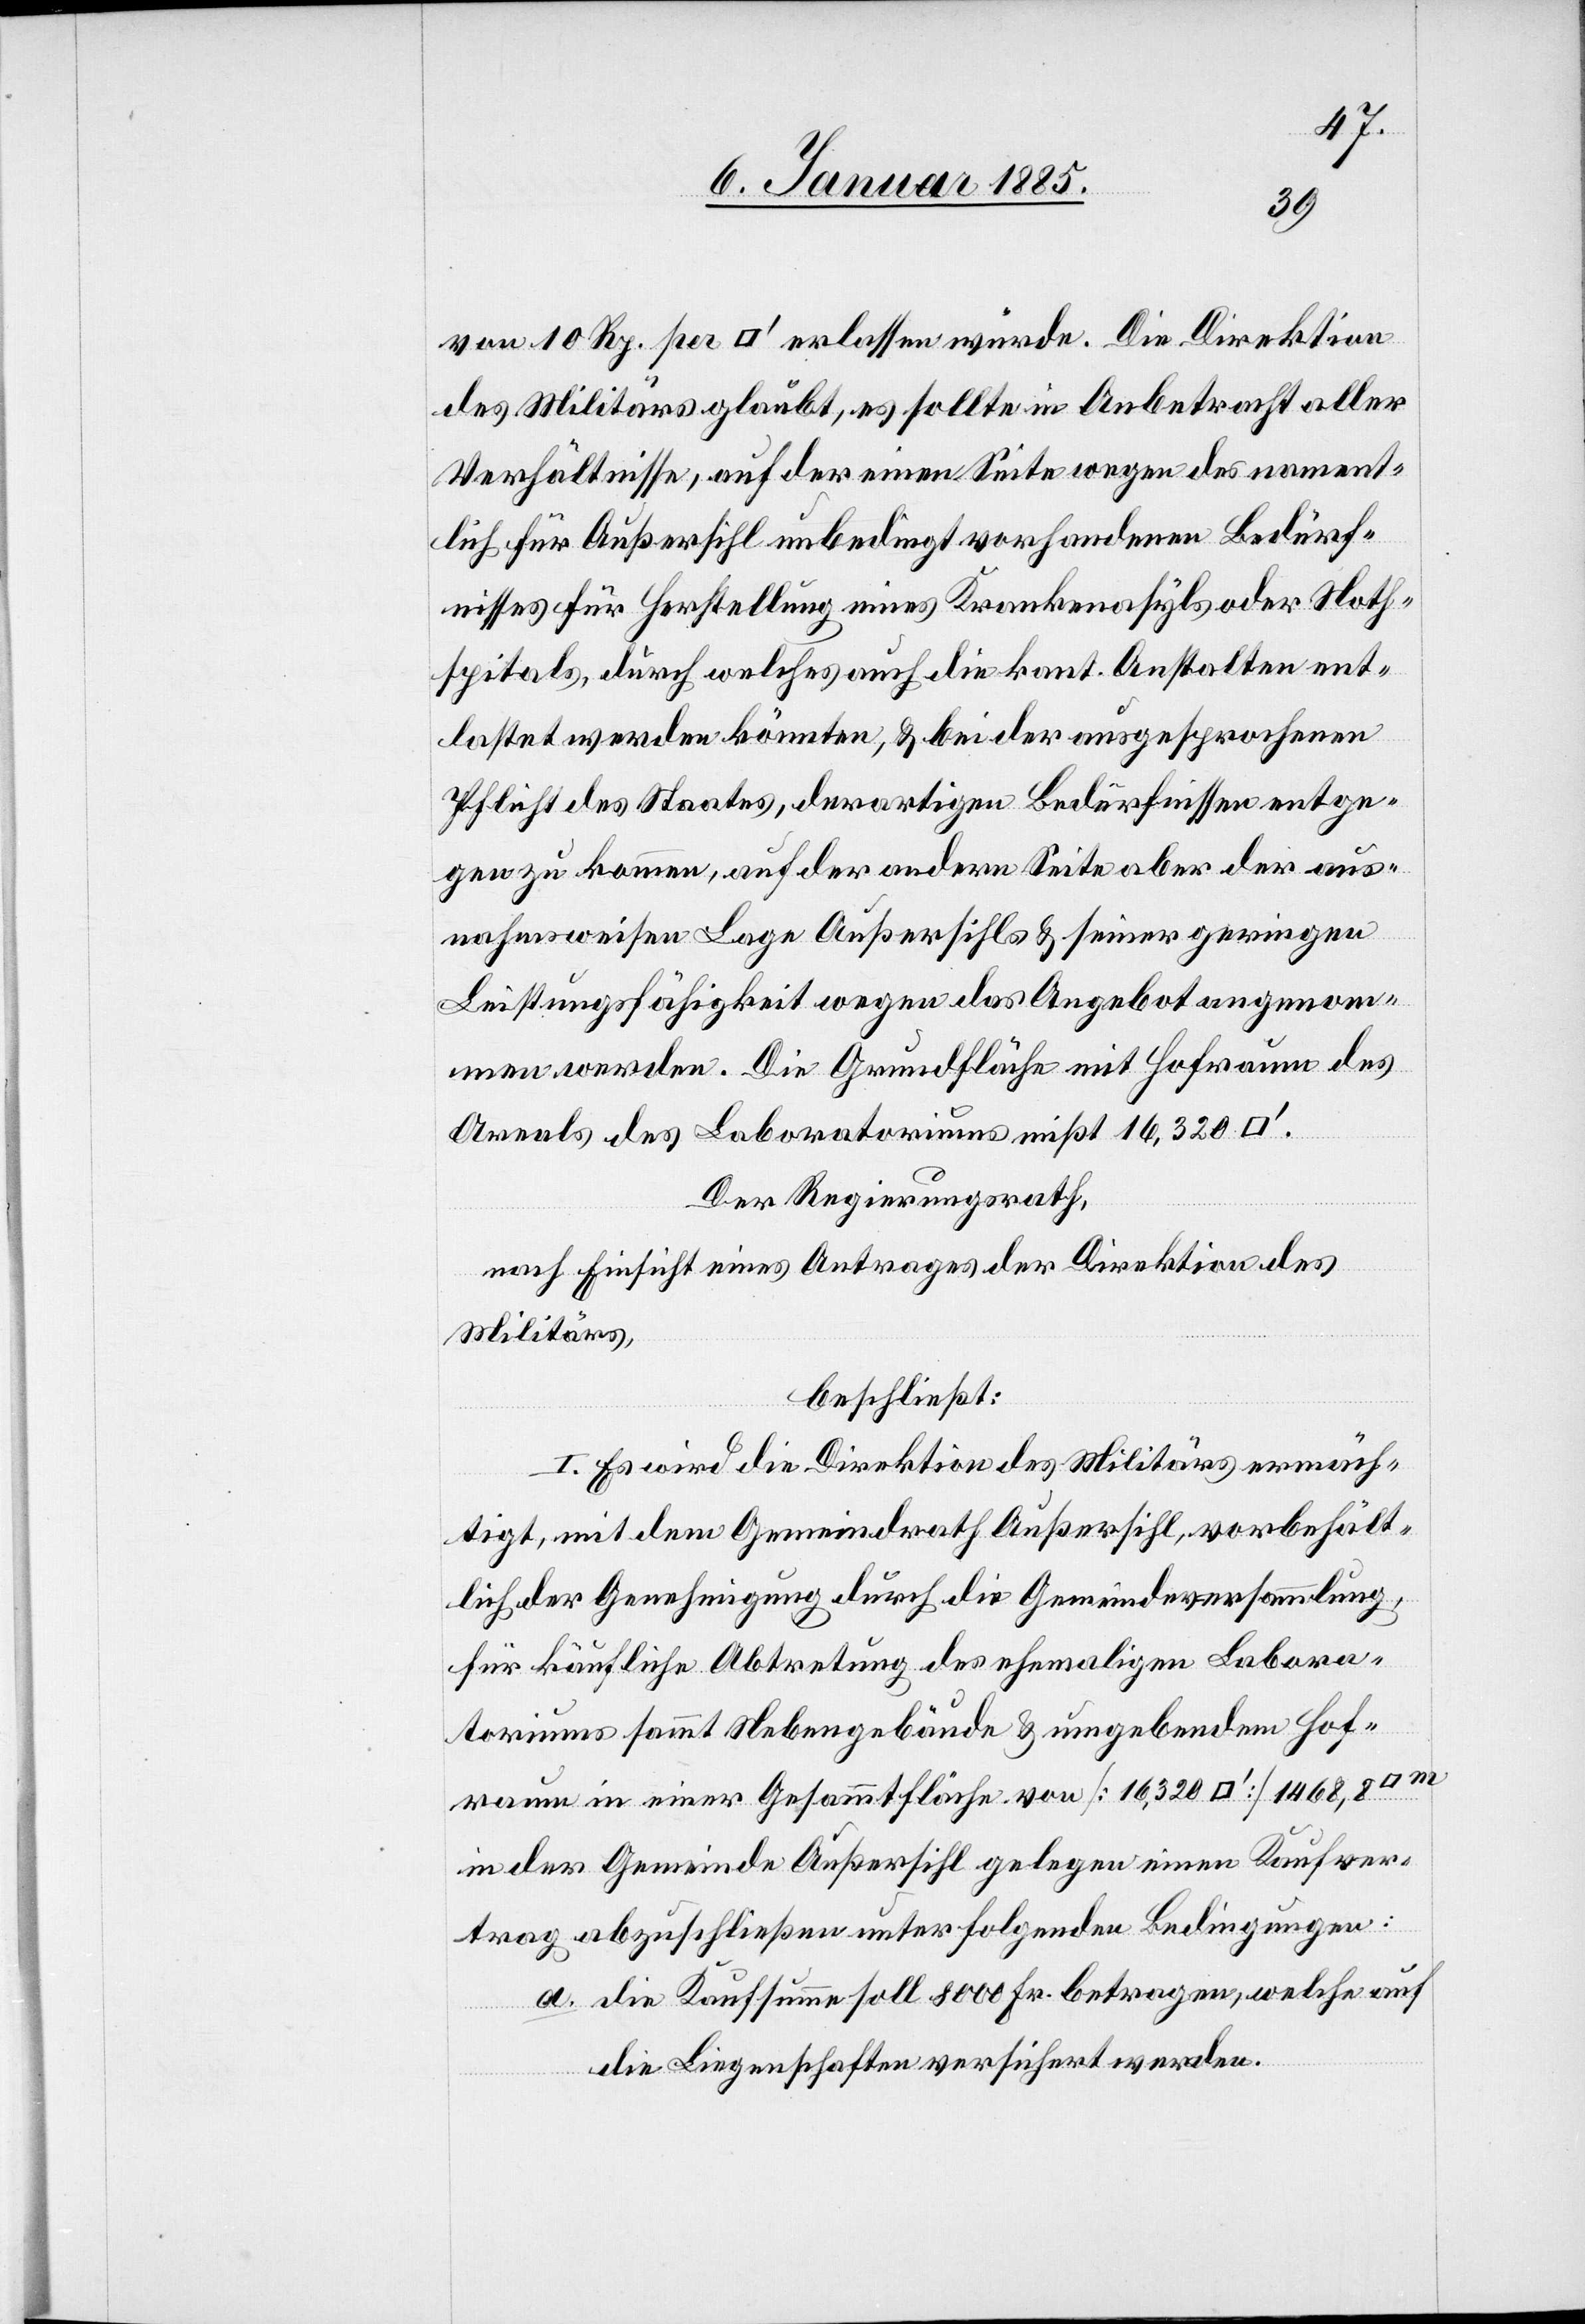
von 10 Rp. per [Quadratfuss] erlassen würde. Die Direktion
des Militärs glaubt, es sollte in Anbetracht aller
Verhältnisse, auf der einen Seite wegen des nament¬
lich für Aussersihl unbedingt vorhandenen Bedürf¬
nisses für Herstellung Krankenasyls oder Noth¬
spitals, durch welches auch die kant. Anstalten ent¬
lastet werden könnten, & bei der ausgesprochenen
Pflicht des Staates, derartigen Bedürfnissen entge¬
gen zu kommen, auf der andern Seite aber der aus¬
nahmsweisen Lage Außersihls & seiner geringen
Leistungsfähigkeit wegen das Angebot angenom¬
men werden. Die Grundfläche mit Hofraum des
Areals des Laboratoriums mißt 12,320
Der Regierungsrath,
nach Einsicht eines Antrages der Direktion des
Militärs,
beschließt:
I. Es wird die Direktion des Militärs ermäch¬
tigt, mit dem Gemeindrath Außersihl, vorbehält¬
lich der Genehmigung durch die Gemeindeversammlung,
für käufliche Abtretung des ehemaligen Labora¬
toriums sammt Nebengebäude & umgebenden Hof¬
raume in einer Gesammtfläche von [16,320 [Quadratfuss]]
in der Gemeinde Außersihl gelegen einen Kaufver¬
trag abzuschließen unter folgenden Bedingungen.
a. die Kaufsumme soll 8000 Fr. betragen, welche auf
die Liegenschaften versichert werden.